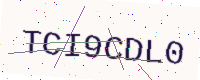
Text: TCI9CDL0